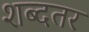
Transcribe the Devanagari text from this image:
शब्दतर